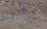
سيكون